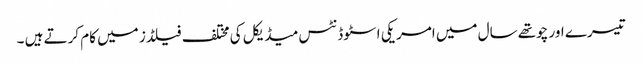
تیسرے اور چوتھے سال میں امریکی اسٹوڈنٹس میڈیکل کی مختلف فیلڈز میں کام کرتے ہیں ۔